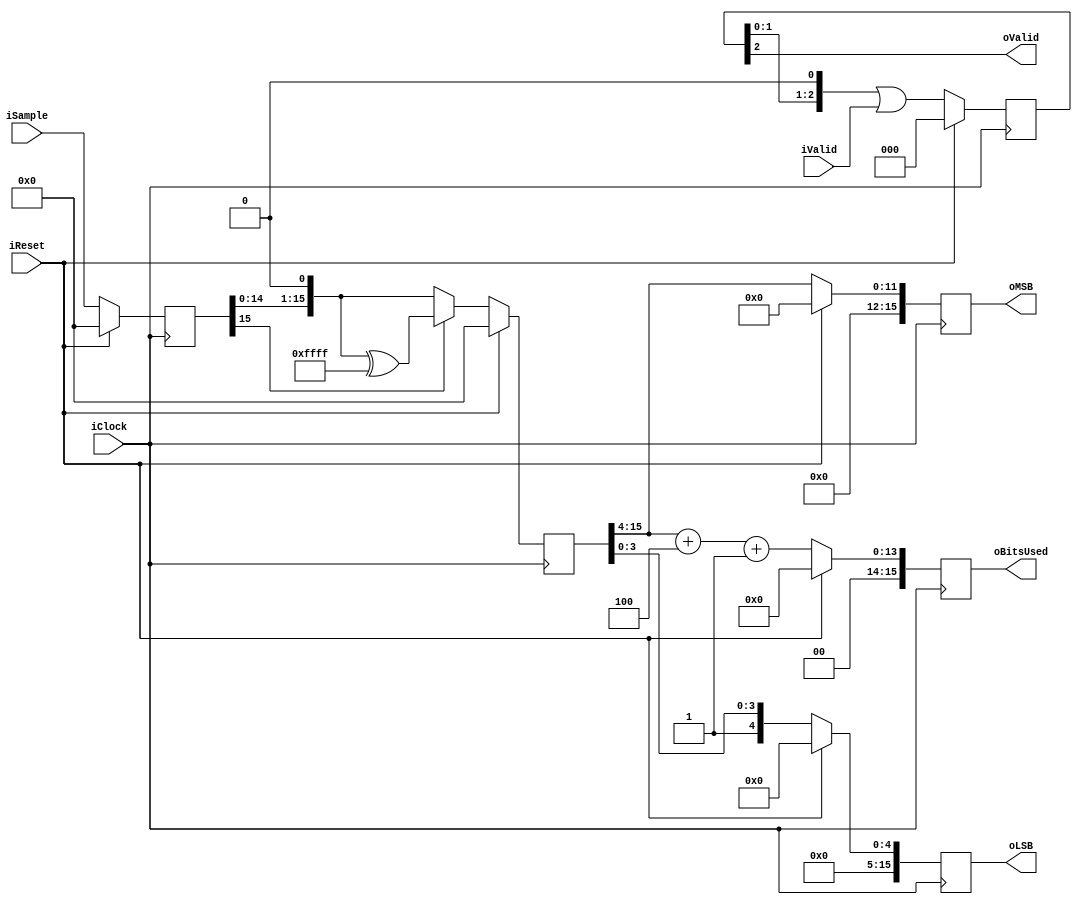
module RiceEncoder (
    input wire iClock,
    input wire iReset,
    
    input wire iValid,
    input wire signed [15:0] iSample, 
    output wire [15:0] oMSB,
    output wire [15:0] oLSB, 
    output wire [15:0] oBitsUsed,
    output wire oValid
    );

parameter [3:0] rice_param = 4;

reg [15:0] sample, unsigned_sample;
reg [2:0] valid;
reg [15:0] msb, lsb, total;

assign oMSB = msb;
assign oLSB = lsb;
assign oBitsUsed = total;
assign oValid = valid[2];


always @(posedge iClock) begin
    if (iReset) begin
        sample <= 0;
        unsigned_sample <= 0;
        
        msb <= 0;
        lsb <= 0;
        total <= 0;
        
        valid <= 0;
    end else begin
        /* Register input */
        sample <= iSample;
        valid <= (valid << 1) | iValid;
        
        /* Convert sample to unsigned sample */
        if (sample[15]) begin
            unsigned_sample <= {sample[14:0], 1'b0} ^ 16'hffff;
        end else begin
            unsigned_sample <= {sample[14:0], 1'b0};
        end
        
        
        msb <= unsigned_sample[15:rice_param];
        lsb <=  {1'b1, unsigned_sample[rice_param - 1:0]};
        total <= unsigned_sample[15:rice_param] + rice_param + 1;
        
    end
end

endmodule